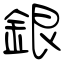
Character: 銀